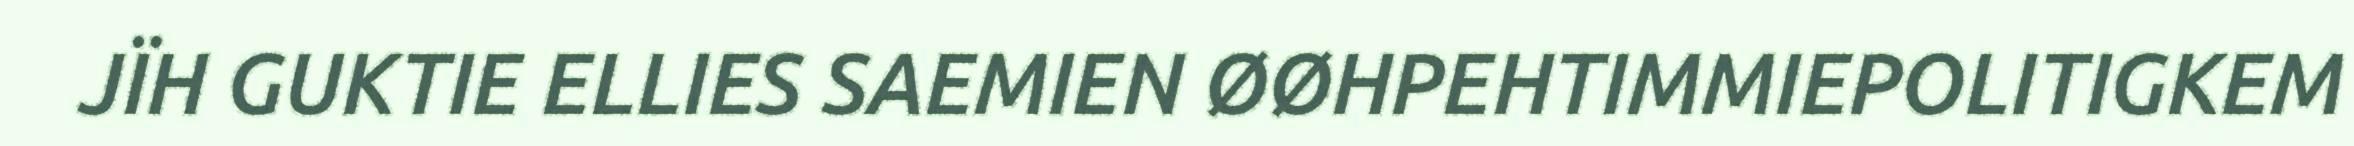
JÏH GUKTIE ELLIES SAEMIEN ØØHPEHTIMMIEPOLITIGKEM